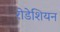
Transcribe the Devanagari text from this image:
रोडेशियन